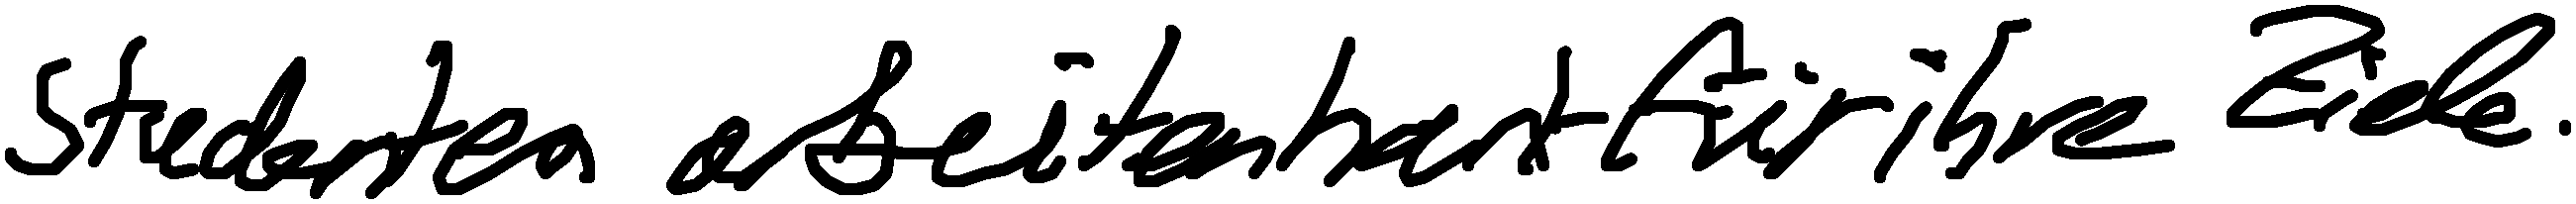
Studenten arbeiten hart für ihre Ziele.